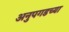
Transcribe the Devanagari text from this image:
अनुपगडच्या